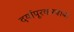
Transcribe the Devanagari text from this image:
दर्यापूरकरबाबा